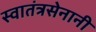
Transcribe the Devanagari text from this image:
स्वातंत्रसेनानी